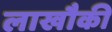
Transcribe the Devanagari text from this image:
लाखौकी